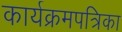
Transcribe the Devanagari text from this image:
कार्यक्रमपत्रिका